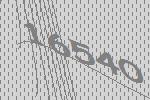
16540